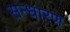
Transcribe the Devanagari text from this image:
सन्‍धारण